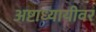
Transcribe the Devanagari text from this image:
अष्टाध्यायीवर